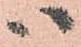
ハ